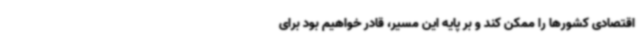
اقتصادی کشورها را ممکن کند و بر پایه این مسیر، قادر خواهیم بود برای